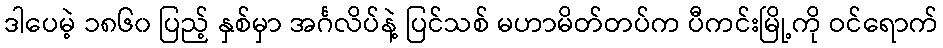
ဒါပေမဲ့ ၁၈၆၀ ပြည့် နှစ်မှာ အင်္ဂလိပ်နဲ့ ပြင်သစ် မဟာမိတ်တပ်က ပီကင်းမြို့ကို ဝင်ရောက်